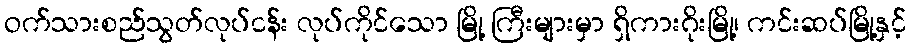
ဝက်သားစည်သွတ်လုပ်ငန်း လုပ်ကိုင်သော မြို့ ကြီးများမှာ ရှိကားဂိုးမြို့၊ ကင်းဆပ်မြို့နှင့်